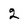
Character: 2